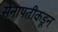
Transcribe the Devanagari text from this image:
सेनापतीकडून